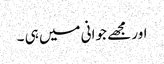
اور مجھے جوانی میں ہی ۔